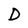
Character: D